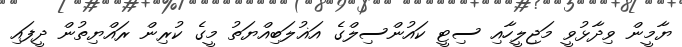
ޔާމީން ވިދާޅުވީ މަޖިލީހާއި ސިޓީ ކައުންސިލްގެ އަޣުލަބިއްޔަތު މީގެ ކުރިން ރައްޔިތުން ދީފައި